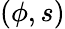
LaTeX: (\phi,s)